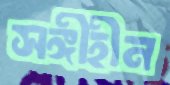
সঙ্গীহীন